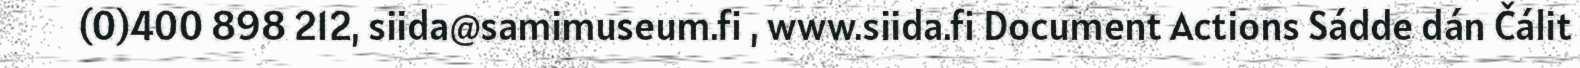
(0)400 898 212, siida@samimuseum.fi , www.siida.fi Document Actions Sádde dán Čálit